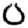
Digit: 0